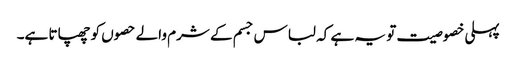
پہلی خصوصیت تو یہ ہے کہ لباس جسم کے شرم والے حصوں کو چھپاتا ہے۔